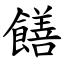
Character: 饍